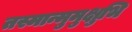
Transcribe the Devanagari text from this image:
तस्मान्मुमुक्षुभि